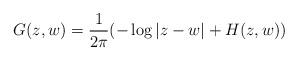
LaTeX: \begin{align*}G(z,w)=\frac{1}{2\pi} (-\log |z-w| +H(z,w))\end{align*}